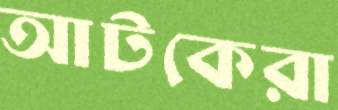
আটকেরা